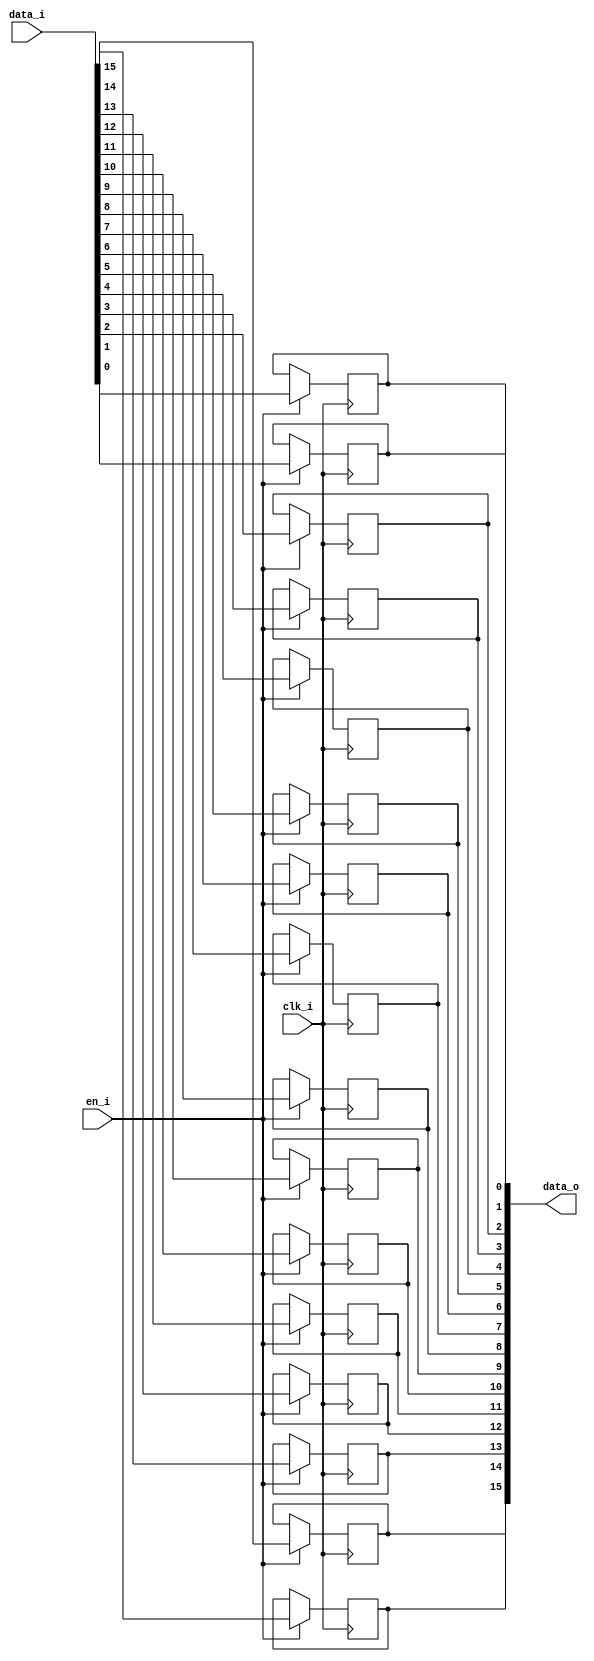
// This program was cloned from: https://github.com/chipsalliance/UHDM-integration-tests
// License: Apache License 2.0

/* Generated by Yosys 0.27+9 (git sha1 101d19bb6, gcc 11.2.0-7ubuntu2 -fPIC -Os) */

(* top =  1  *)

module bsg_dff_en(clk_i, data_i, en_i, data_o);
  
  input clk_i;
  wire clk_i;
  
  input [15:0] data_i;
  wire [15:0] data_i;
  
  output [15:0] data_o;
  wire [15:0] data_o;
  
  reg [15:0] data_r;
  
  input en_i;
  wire en_i;
  (* \always_ff  = 32'd1 *)
  
  always @(posedge clk_i)
    if (en_i) data_r[0] <= data_i[0];
  (* \always_ff  = 32'd1 *)
  
  always @(posedge clk_i)
    if (en_i) data_r[1] <= data_i[1];
  (* \always_ff  = 32'd1 *)
  
  always @(posedge clk_i)
    if (en_i) data_r[2] <= data_i[2];
  (* \always_ff  = 32'd1 *)
  
  always @(posedge clk_i)
    if (en_i) data_r[3] <= data_i[3];
  (* \always_ff  = 32'd1 *)
  
  always @(posedge clk_i)
    if (en_i) data_r[4] <= data_i[4];
  (* \always_ff  = 32'd1 *)
  
  always @(posedge clk_i)
    if (en_i) data_r[5] <= data_i[5];
  (* \always_ff  = 32'd1 *)
  
  always @(posedge clk_i)
    if (en_i) data_r[6] <= data_i[6];
  (* \always_ff  = 32'd1 *)
  
  always @(posedge clk_i)
    if (en_i) data_r[7] <= data_i[7];
  (* \always_ff  = 32'd1 *)
  
  always @(posedge clk_i)
    if (en_i) data_r[8] <= data_i[8];
  (* \always_ff  = 32'd1 *)
  
  always @(posedge clk_i)
    if (en_i) data_r[9] <= data_i[9];
  (* \always_ff  = 32'd1 *)
  
  always @(posedge clk_i)
    if (en_i) data_r[10] <= data_i[10];
  (* \always_ff  = 32'd1 *)
  
  always @(posedge clk_i)
    if (en_i) data_r[11] <= data_i[11];
  (* \always_ff  = 32'd1 *)
  
  always @(posedge clk_i)
    if (en_i) data_r[12] <= data_i[12];
  (* \always_ff  = 32'd1 *)
  
  always @(posedge clk_i)
    if (en_i) data_r[13] <= data_i[13];
  (* \always_ff  = 32'd1 *)
  
  always @(posedge clk_i)
    if (en_i) data_r[14] <= data_i[14];
  (* \always_ff  = 32'd1 *)
  
  always @(posedge clk_i)
    if (en_i) data_r[15] <= data_i[15];
  assign data_o = data_r;
endmodule